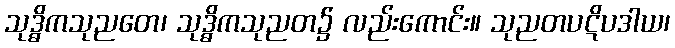
သုဒ္ဓိကသုညတေ၊ သုဒ္ဓိကသုညတ၌ လည်းကောင်း။ သုညတပဋိပဒါယ၊